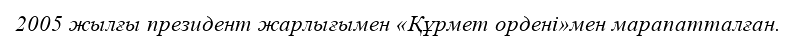
2005 жылғы президент жарлығымен «Құрмет ордені»мен марапатталған.